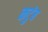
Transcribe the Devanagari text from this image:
कटुंब